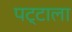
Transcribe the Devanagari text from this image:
पट्टाला